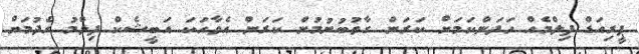
ޕީރިއަޑް ފިލްމެއް ހަދަންކަމަށް ކަރަން ގާތުބުނުމުން ކަރަން އެވާހަކަ އަބީޝެކް ފިލްމު ހެދުމަށް